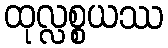
ထုလ္လစ္စယဿ